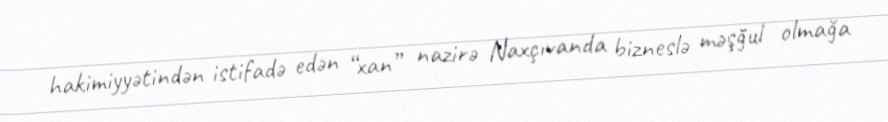
hakimiyyətindən istifadə edən “xan” nazirə Naxçıvanda bizneslə məşğul olmağa